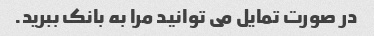
در صورت تمایل می توانید مرا به بانک ببرید.